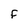
Character: F